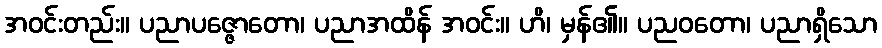
အဝင်းတည်း။ ပညာပဇ္ဇောတော၊ ပညာအထိန် အဝင်း။ ဟိ၊ မှန်၏။ ပညဝတော၊ ပညာရှိသော